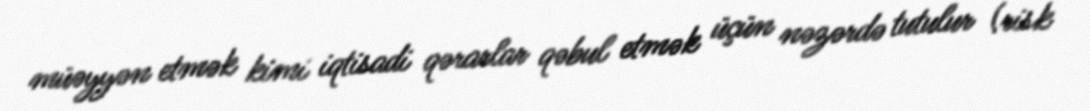
müəyyən etmək kimi iqtisadi qərarlar qəbul etmək üçün nəzərdə tutulur (risk